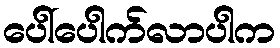
ပေါ်ပေါက်လာပါက